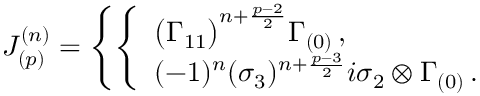
J _ { ( p ) } ^ { ( n ) } = \left\{ \left\{ \begin{array} { l l } { { \big ( \Gamma _ { 1 1 } \big ) ^ { n + { \frac { p - 2 } { 2 } } } \Gamma _ { ( 0 ) } \, , } } \\ { { ( - 1 ) ^ { n } ( \sigma _ { 3 } ) ^ { n + { \frac { p - 3 } { 2 } } } i \sigma _ { 2 } \otimes \Gamma _ { ( 0 ) } \, . } } \end{array} \right. \right.